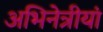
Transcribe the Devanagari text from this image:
अभिनेत्रीयां